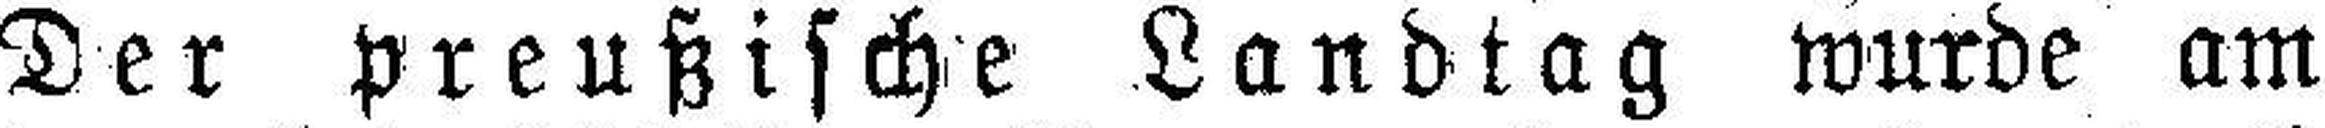
Der preußische Landtag wurde am